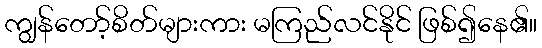
ကျွန်တော့်စိတ်များကား မကြည်လင်နိုင် ဖြစ်၍နေ၏။